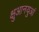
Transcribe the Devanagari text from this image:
क्षुआनयुआं